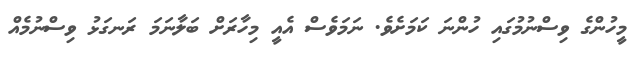
މީހުންގެ ވިސްނުމުގައި ހުންނަ ކަމަށެވެ. ނަމަވެސް އެއީ މިހާރަށް ބަލާނަމަ ރަނގަޅު ވިސްނުމެއް